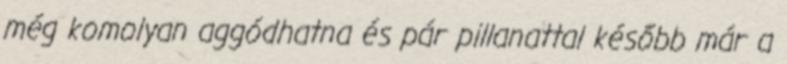
még komolyan aggódhatna és pár pillanattal később már a